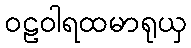
ဝဠဝါရထမာရုယှ